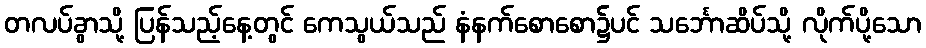
တလပ်ခွာသို့ ပြန်သည့်နေ့တွင် ကေသွယ်သည် နံနက်စောစော၌ပင် သင်္ဘောဆိပ်သို့ လိုက်ပို့သော